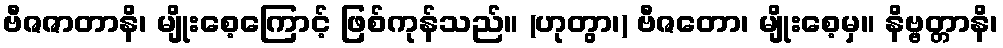
ဗီဇဇာတာနိ၊ မျိုးစေ့ကြောင့် ဖြစ်ကုန်သည်။ (ဟုတွာ၊) ဗီဇတော၊ မျိုးစေ့မှ။ နိဗ္ဗတ္တာနိ၊